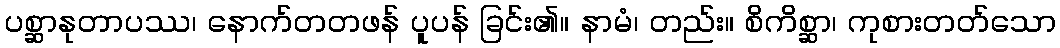
ပစ္ဆာနုတာပဿ၊ နောက်တတဖန် ပူပန် ခြင်း၏။ နာမံ၊ တည်း။ စိကိစ္ဆာ၊ ကုစားတတ်သော